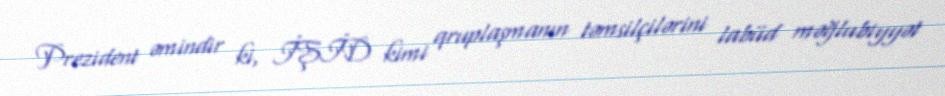
Prezident əmindir ki, İŞİD kimi qruplaşmanın təmsilçilərini labüd məğlubiyyət